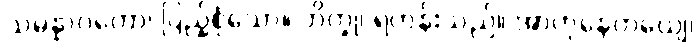
သမန္နာဂတော၊ ပြည့်စုံသော။ ဘိက္ခု၊ ရဟန်းသည်။ အာဟုနေတယျေ၊